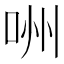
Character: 㖄